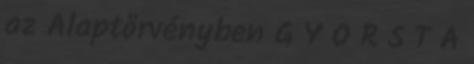
az Alaptörvényben G Y O R S T Á